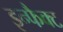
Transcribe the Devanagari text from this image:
इन्फैक्ट